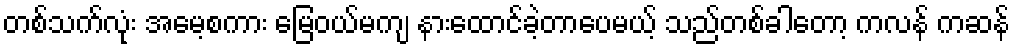
တစ်သက်လုံး အမေ့စကား မြေဝယ်မကျ နားထောင်ခဲ့တာပေမယ့် သည်တစ်ခါတော့ ကလန် ကဆန်